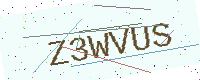
Text: Z3WVUS